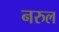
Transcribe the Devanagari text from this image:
नरुल